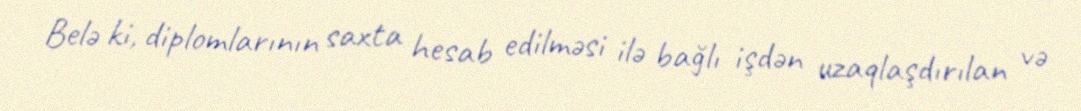
Belə ki, diplomlarının saxta hesab edilməsi ilə bağlı işdən uzaqlaşdırılan və